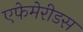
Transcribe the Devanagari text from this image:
एफेमेरीडस